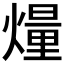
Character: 𤎲